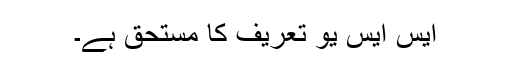
ایس ایس یو تعریف کا مستحق ہے۔